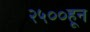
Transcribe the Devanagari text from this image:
२५००हून